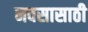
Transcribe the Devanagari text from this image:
नवसासाठी